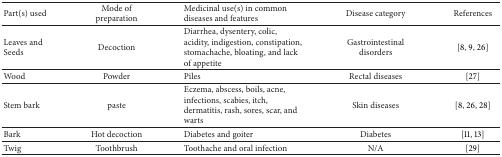
| Part(s) used | Mode of preparation | Medicinal use(s) in common diseases and features | Disease category | References |
 | --- | --- | --- | --- | --- |
 | Leaves and Seeds | Decoction | Diarrhea, dysentery, colic, acidity, indigestion, constipation, stomachache, bloating, and lack of appetite | Gastrointestinal disorders | [8, 9, 26] |
 | Wood | Powder | Piles | Rectal diseases | [27] |
 | Stem bark | paste | Eczema, abscess, boils, acne, infections, scabies, itch, dermatitis, rash, sores, scar, and warts | Skin diseases | [8, 26, 28] |
 | Bark | Hot decoction | Diabetes and goiter | Diabetes | [11, 13] |
 | Twig | Toothbrush | Toothache and oral infection | N/A | [29] |